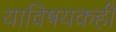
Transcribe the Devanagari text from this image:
याविषयकही